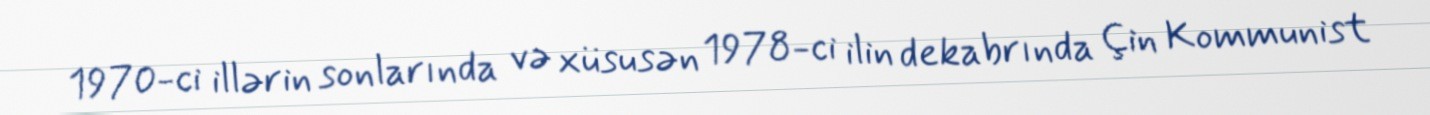
1970-ci illərin sonlarında və xüsusən 1978-ci ilin dekabrında Çin Kommunist